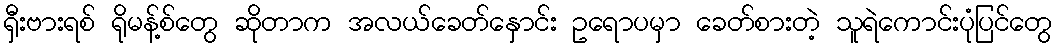
ရှီးဗားရစ် ရိုမန့်စ်တွေ ဆိုတာက အလယ်ခေတ်နှောင်း ဥရောပမှာ ခေတ်စားတဲ့ သူရဲကောင်းပုံပြင်တွေ